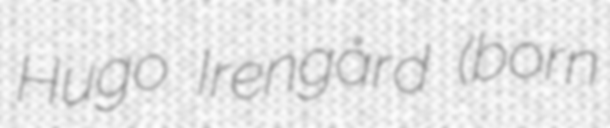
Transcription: Hugo Irengård (born